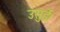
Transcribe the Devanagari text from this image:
उसुई।